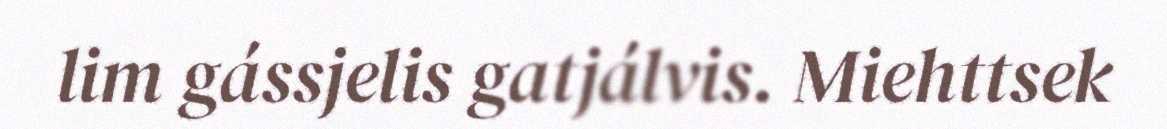
lim gássjelis gatjálvis. Miehttsek